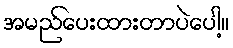
အမည်ပေးထားတာပဲပေါ့။